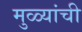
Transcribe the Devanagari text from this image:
मुळ्यांची